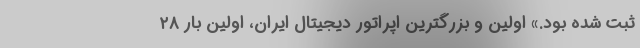
ثبت شده بود.» اولین و بزرگترین اپراتور دیجیتال ایران، اولین بار ۲۸